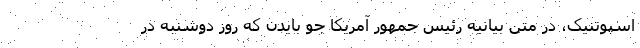
اسپوتنیک، در متن بیانیه رئیس جمهور آمریکا جو بایدن که روز دوشنبه در